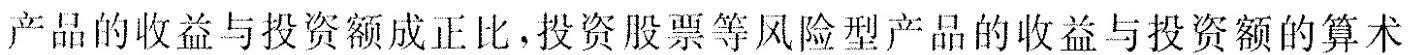
产品的收益与投资额成正比，投资股票等风险型产品的收益与投资额的算术